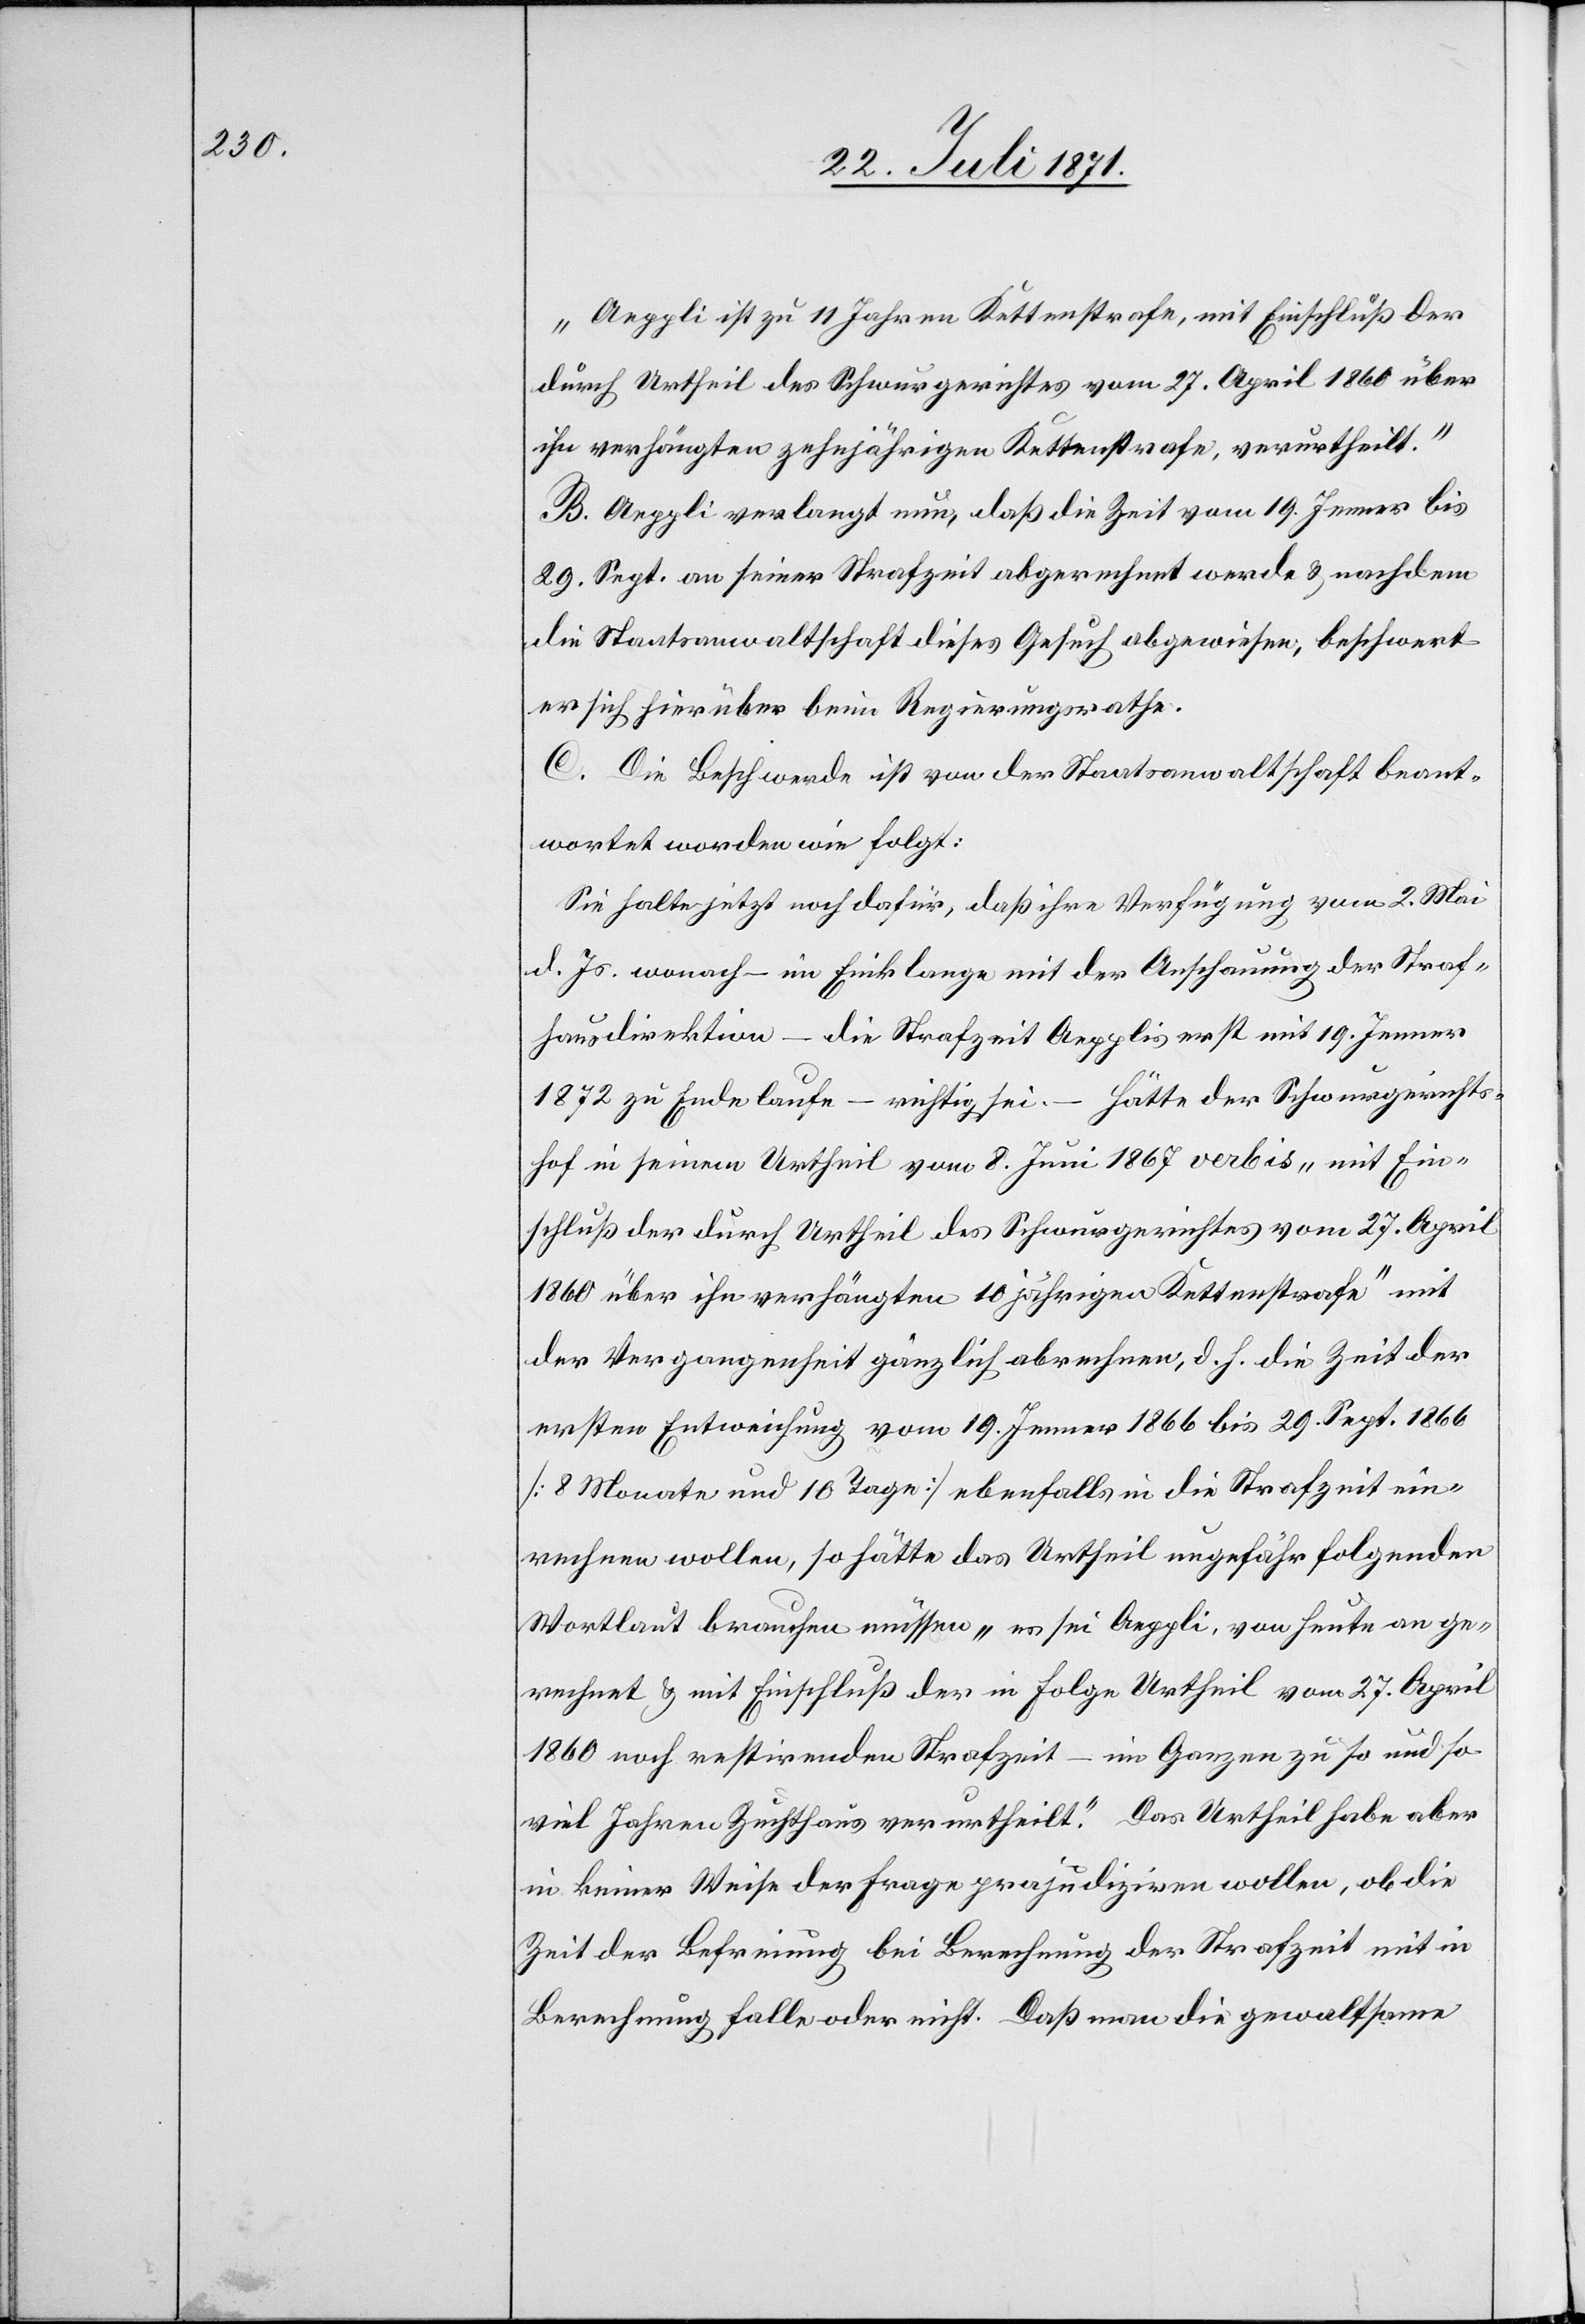
„Aeppli ist zu 11 Jahren Kettenstrafe, mit Einschluß der
durch Urtheil des Schwurgerichtes vom 27. April 1860 über
ihn verhängten zehnjährigen Kettenstrafe, verurtheilt.“
B. Aeppli verlangt nun, daß die Zeit vom 19. Jenner bis
29. Sept. an seiner Strafzeit abgerechnet werde u. nachdem
die Staatsanwaltschaft dieses Gesuch abgewiesen, beschwert
er sich hierüber beim Regierungsrathe.
C. Die Beschwerde ist von der Staatsanwaltschaft beant¬
wortet worden wie folgt:
Sie halte jetzt noch dafür, daß ihre Verfügung vom 2. Mai
d. Js. wonach – in Einklage mit der Anschauung der Straf¬
hausdirektion – die Strafzeit Aepplis erst mit 19. Jenner
1872 zu Ende laufe – richtig sei. – Hätte der Schwurgerichts¬
hof in seinem Urtheil vom 8. Juni 1867 verbis „mit Ein¬
schluß der durch Urtheil des Schurgerichtes vom 27. April
1860 über ihn verhängten 10 jährigen Kettenstrafe mit
der Vergangenheit gänzlich abrechnen, d. h. die Zeit der
ersten Entweichung vom 19. Jenner 1866 bis 29. Sept. 1866
[8 Monate und 10 Tage] ebenfalls in die Strafzeit ein¬
rechnen wollen, so hätte das Urtheil ungefähr folgenden
Wortlaut brauchen müssen „es sei Aeppli, von heute an ge¬
rechnet u. mit Einschluß der in Folge Urtheil vom 27. April
1860 noch restirenden Strafzeit – im Ganzen zu so und so
viel Jahren Zuchthaus verurtheilt.“ Das Urtheil habe aber
in keiner Weise der Frage prajudiziren [sic!] wollen, ob die
Zeit der Befreiung bei Berechnung der Strafzeit mit in
Berechnung falle oder nicht. Daß man die gewaltsame